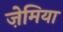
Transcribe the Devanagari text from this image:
ज़ेमिया